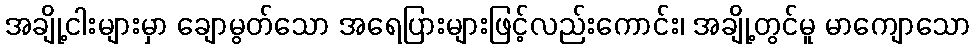
အချို့ငါးများမှာ ချောမွတ်သော အရေပြားများဖြင့်လည်းကောင်း၊ အချို့တွင်မူ မာကျောသော